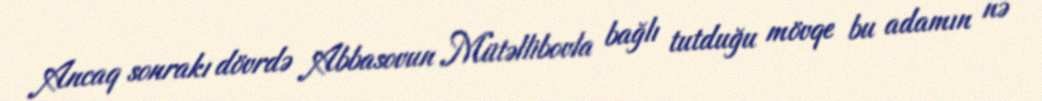
Ancaq sonrakı dövrdə Abbasovun Mütəllibovla bağlı tutduğu mövqe bu adamın nə